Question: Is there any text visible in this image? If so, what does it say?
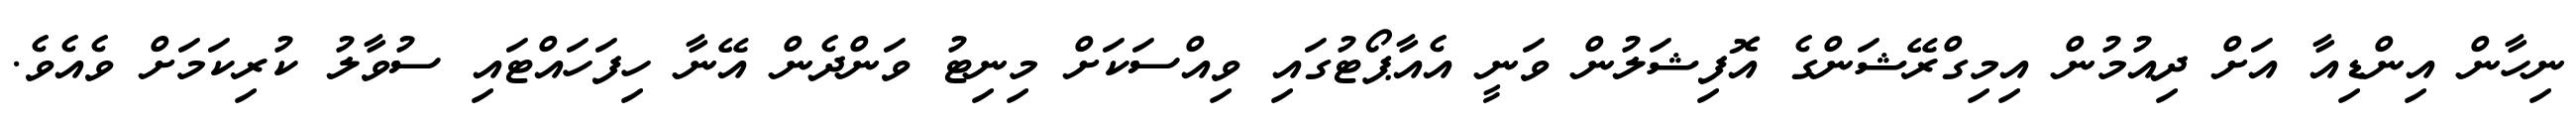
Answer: ނިހާން އިންޑިއާ އަށް ދިއުމުން އިމިގްރޭޝަންގެ އޮފިޝަލުން ވަނީ އެއާޕޯޓުގައި ވިއްސަކަށް މިނިޓު ވަންދެން އޭނާ ހިފަހައްޓައި ސުވާލު ކުރިކަމަށް ވެއެވެ.